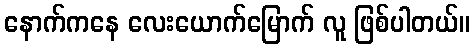
နောက်ကနေ လေးယောက်မြောက် လူ ဖြစ်ပါတယ်။